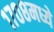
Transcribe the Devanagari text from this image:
१७०८मध्ये